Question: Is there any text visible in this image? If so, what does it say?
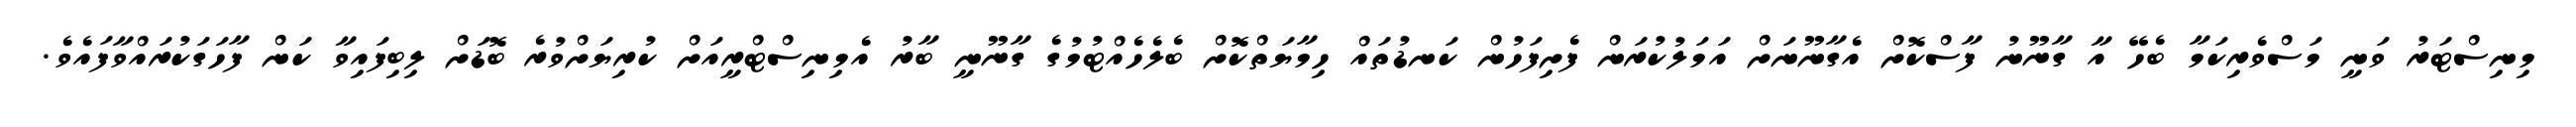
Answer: މިނިސްޓަރު ވަނީ މަސްވެރިކަމާ ބެހޭ އާ ގާނޫނު ފާސްކޮށް އެގާނޫނަށް އަމަލުކުރަން ފެށިފަހުން ކަނޑުތައް ހިމާޔަތްކޮށް ބެލެހެއްޓުމުގެ ގާނޫނީ ބާރު އެމިނިސްޓްރީއަށް ކުރިޔަށްވުރެ ބޮޑަށް ލިބިފައިވާ ކަން ފާހަގަކުރައްވާފައެވެ.